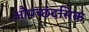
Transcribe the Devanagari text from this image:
औपच्छंदसिक